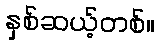
နှစ်ဆယ့်တစ်။